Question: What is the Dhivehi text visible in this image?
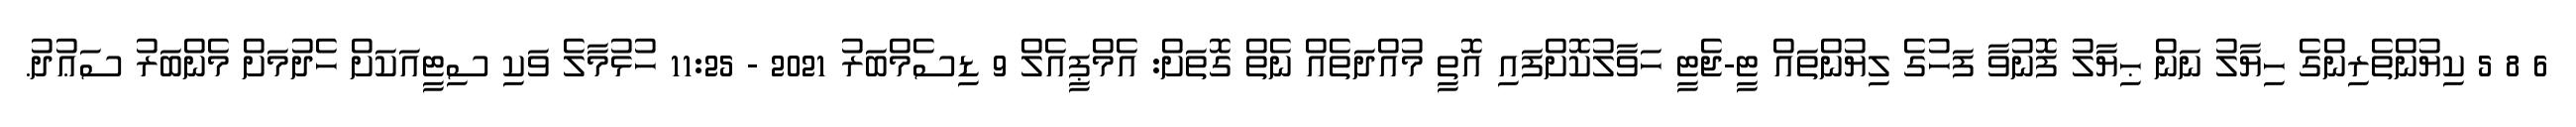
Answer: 6 8 5 ކިޔުންތެރިންގެ ހިޔާލު ނަން ޙިޔާލު ފޮނުވާ ފަހުގެ ލިޔުންތައް ޓީ-ޖެޓީ ހަވާލުކޮށްފައި އޮތީ މުއްދަތެއް ނެތް ގޮތަށް: އެމްޕީއެލް 9 ޑިސެމްބަރު 2021 - 11:25 ހުޅުމާލެ ވަކި ސިޓީއަކަށް ހެދުމަށް މެންބަރު ސަޢުދު.